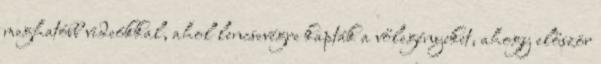
meghatóbb videókkal, ahol lencsevégre kapták a vőlegényeket, ahogy először